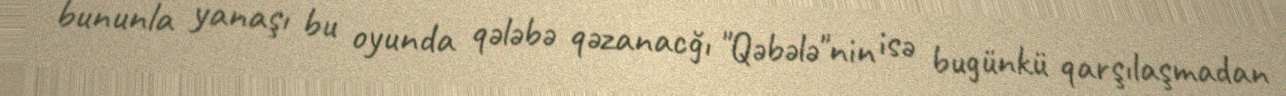
bununla yanaşı bu oyunda qələbə qəzanacğı "Qəbələ"nin isə bugünkü qarşılaşmadan